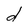
Character: d